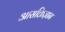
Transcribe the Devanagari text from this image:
आसक्तिज्ञान